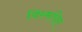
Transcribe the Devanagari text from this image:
विस्मयित